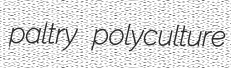
paltry polyculture